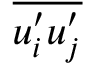
\overline { { u _ { i } ^ { \prime } u _ { j } ^ { \prime } } }